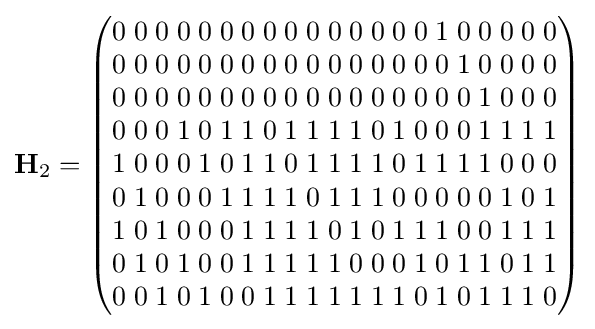
\mathbf {H} _{2}={\begin{pmatrix}0\;0\;0\;0\;0\;0\;0\;0\;0\;0\;0\;0\;0\;0\;0\;1\;0\;0\;0\;0\;0\\0\;0\;0\;0\;0\;0\;0\;0\;0\;0\;0\;0\;0\;0\;0\;0\;1\;0\;0\;0\;0\\0\;0\;0\;0\;0\;0\;0\;0\;0\;0\;0\;0\;0\;0\;0\;0\;0\;1\;0\;0\;0\\0\;0\;0\;1\;0\;1\;1\;0\;1\;1\;1\;1\;0\;1\;0\;0\;0\;1\;1\;1\;1\\1\;0\;0\;0\;1\;0\;1\;1\;0\;1\;1\;1\;1\;0\;1\;1\;1\;1\;0\;0\;0\\0\;1\;0\;0\;0\;1\;1\;1\;1\;0\;1\;1\;1\;0\;0\;0\;0\;0\;1\;0\;1\\1\;0\;1\;0\;0\;0\;1\;1\;1\;1\;0\;1\;0\;1\;1\;1\;0\;0\;1\;1\;1\\0\;1\;0\;1\;0\;0\;1\;1\;1\;1\;1\;0\;0\;0\;1\;0\;1\;1\;0\;1\;1\\0\;0\;1\;0\;1\;0\;0\;1\;1\;1\;1\;1\;1\;1\;0\;1\;0\;1\;1\;1\;0\end{pmatrix}}